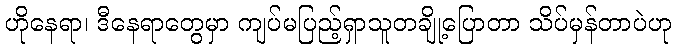
ဟိုနေရာ၊ ဒီနေရာတွေမှာ ကျပ်မပြည့်ရှာသူတချို့ပြောတာ သိပ်မှန်တာပဲဟု